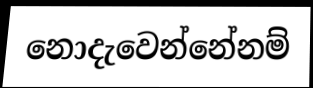
නොදැවෙන්නේනම්